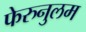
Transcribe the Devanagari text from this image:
फेरुनुलम